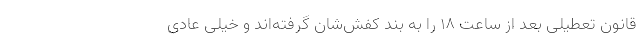
قانون تعطیلی بعد از ساعت 18 را به بند کفش‌شان گرفته‌اند و خیلی عادی